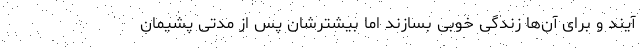
آیند و برای آن‌ها زندگی خوبی بسازند اما بیشترشان پس از مدتی پشیمان